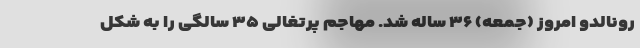
رونالدو امروز (جمعه) ۳۶ ساله شد. مهاجم پرتغالی ۳۵ سالگی را به شکل